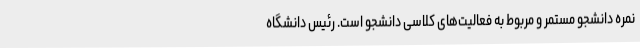
نمره دانشجو مستمر و مربوط به فعالیت‌های کلاسی دانشجو است. رئیس دانشگاه